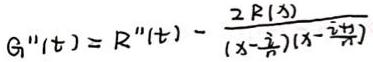
$G''(t)=R''(t)-\frac{2R(s)}{(s-\frac{\tau}{2})(s-\frac{3\tau}{2})}$